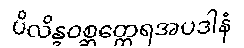
ပိလိန္ဒဝစ္ဆတ္ထေရအပဒါနံ